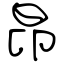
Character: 昂